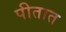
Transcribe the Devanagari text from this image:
पीतात